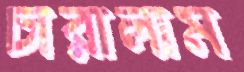
চারালাম